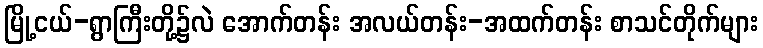
မြို့ငယ်-ရွာကြီးတို့၌လဲ အောက်တန်း အလယ်တန်း-အထက်တန်း စာသင်တိုက်များ